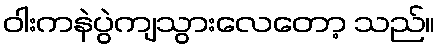
ဝါးကနဲပွဲကျသွားလေတော့ သည်။